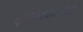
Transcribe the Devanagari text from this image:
सृष्टिनियमांच्या